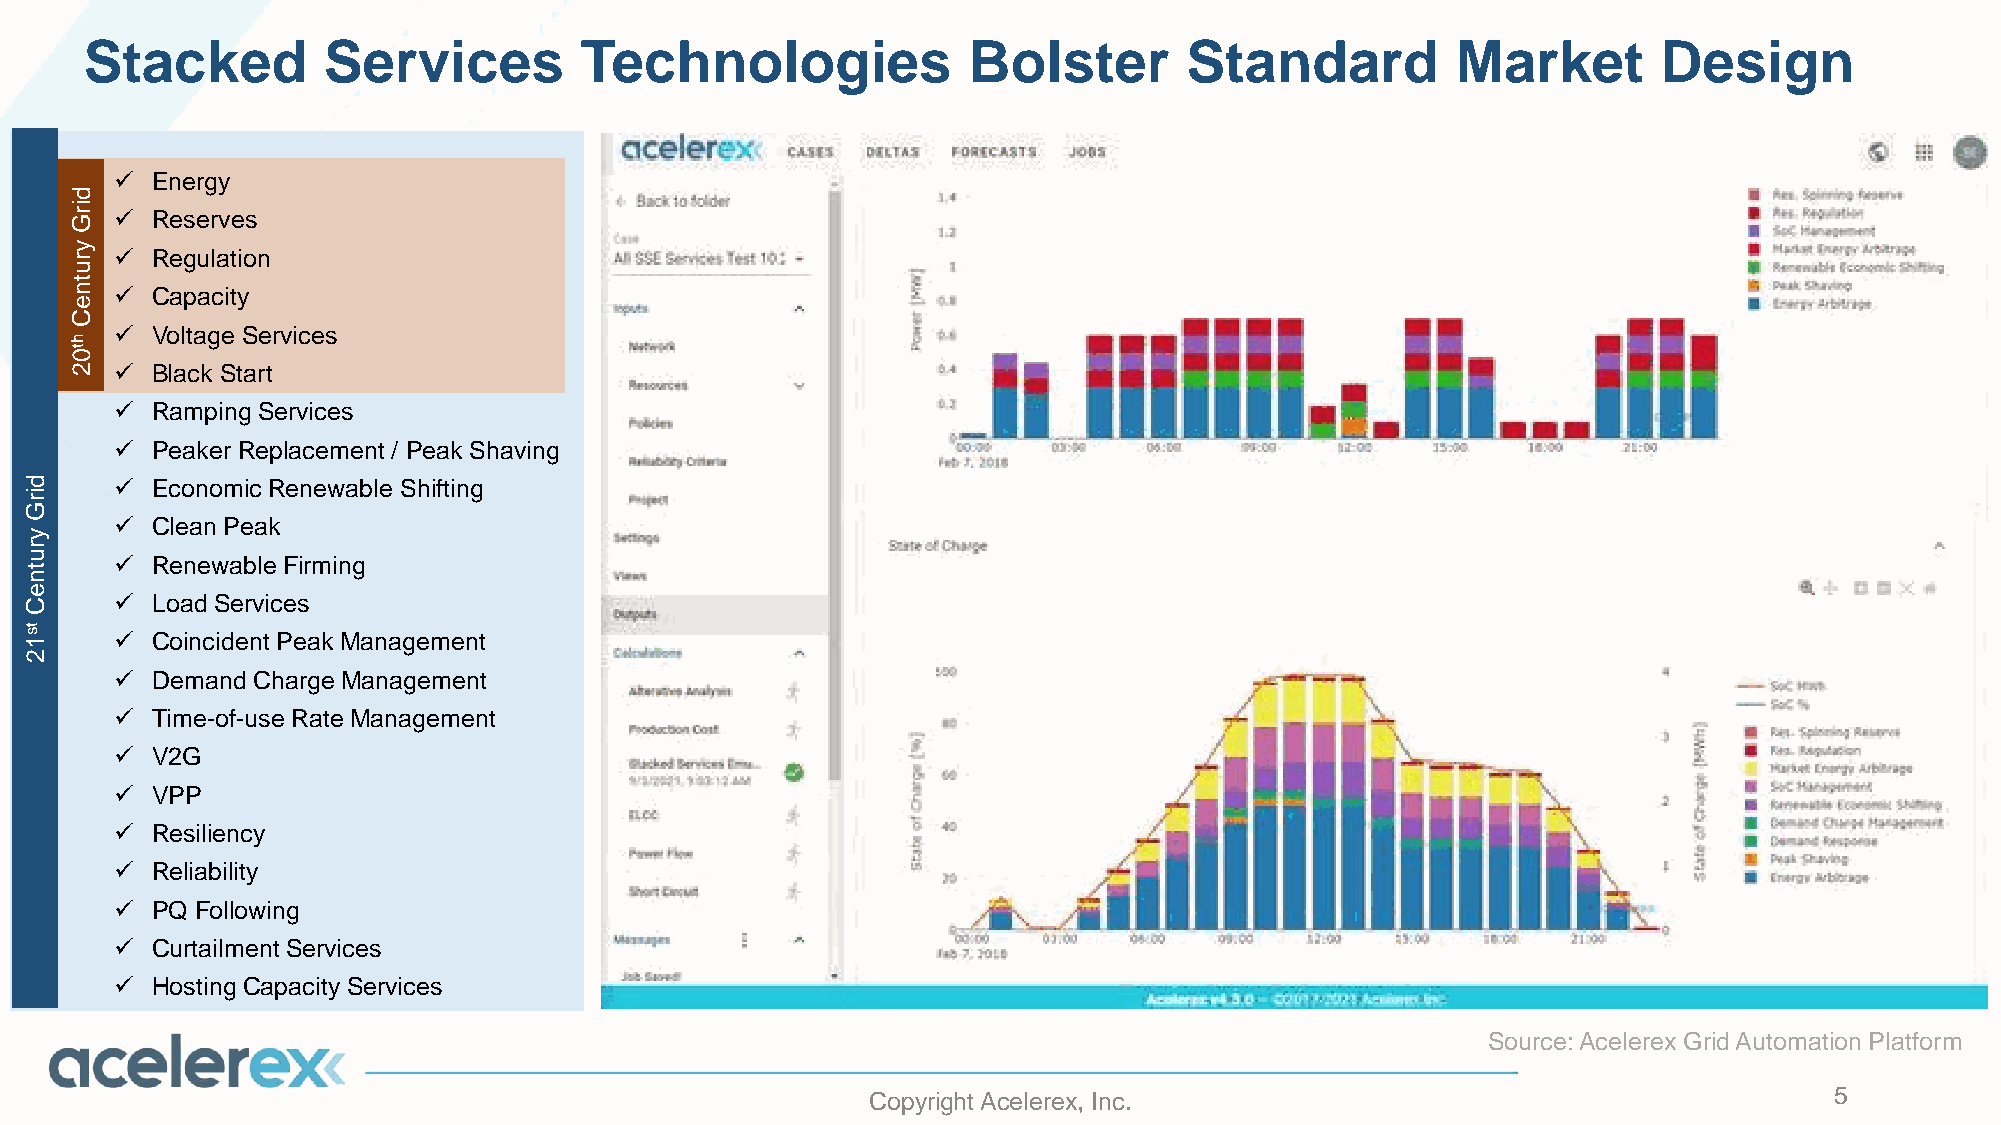
Stacked        Services         Technologies              Bolster       Standard          Market        Design
 ✓ Energy
 d
 ir
 G  ✓ Reserves
 y
 r  ✓ Regulation
 u
 t
 n  ✓ Capacity
 e
 C
 ✓ Voltage Services
 h
 t0
 2  ✓ Black Start
 ✓ RampingServices
 ✓ Peaker Replacement / Peak Shaving
 d     ✓ Economic Renewable Shifting
 ir
 G
 ✓ Clean Peak
 y
 r
 u     ✓ RenewableFirming
 t
 n
 e
 C     ✓ Load Services
 ts
 1     ✓ Coincident Peak Management
 2
 ✓ DemandCharge Management
 ✓ Time-of-use Rate Management
 ✓ V2G
 ✓ VPP
 ✓ Resiliency
 ✓ Reliability
 ✓ PQ Following
 ✓ Curtailment Services
 ✓ Hosting Capacity Services
 Source: Acelerex Grid Automation Platform
 Copyright Acelerex, Inc.                                        5